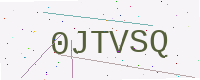
Text: 0JTVSQ